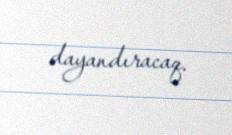
dayandıracaq.